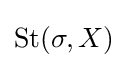
{\textstyle \operatorname {St} (\sigma ,X)}